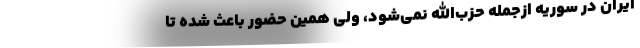
ایران در سوریه ازجمله حزب‌الله نمی‌شود، ولی همین حضور باعث شده تا